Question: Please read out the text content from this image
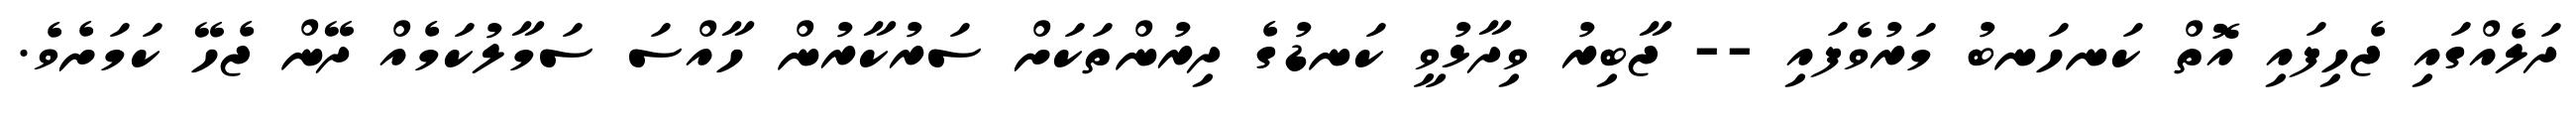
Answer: ދަލެއްގައި ޖެހިފައި އޮތް ކަނހަނބު މަރުވެފައި -- ޖާބިރު ވިދާޅުވީ ކަނޑުގެ ދިރުންތަކަށް ސަރުކާރުން ހާއްސަ ސަމާލުކަމެއް ދޭން ޖެހޭ ކަމަށެވެ.